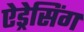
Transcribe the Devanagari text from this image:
ऐड्रेसिंग